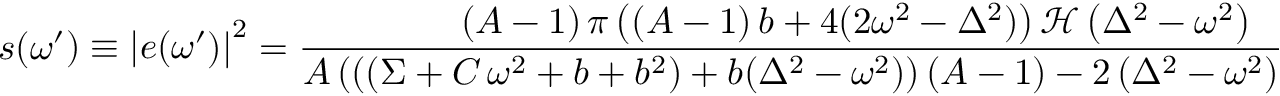
s \! \left( \omega ^ { \prime } \right) \equiv \left| e ( \omega ^ { \prime } ) \right| ^ { 2 } = \frac { \left( A - 1 \right) \pi \left( \left( A - 1 \right) b + 4 ( 2 \omega ^ { 2 } - \Delta ^ { 2 } ) \right) \mathcal { H } \left( \Delta ^ { 2 } - \omega ^ { 2 } \right) } { A \left( \left( ( \Sigma + C \, \omega ^ { 2 } + b + b ^ { 2 } ) + b ( \Delta ^ { 2 } - \omega ^ { 2 } ) \right) \left( A - 1 \right) - 2 \left( \Delta ^ { 2 } - \omega ^ { 2 } \right) \left( b + 1 \right) \right) } .